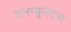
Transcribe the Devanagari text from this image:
अनग्युलेट्स